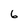
Character: 6